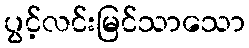
ပွင့်လင်းမြင်သာသော